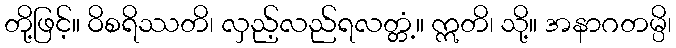
တို့ဖြင့်။ ဝိစရိဿတိ၊ လှည့်လည်ရလတ္တံ့။ ဣတိ၊ သို့။ အနာဂတမ္ပိ၊